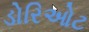
ડોરિઓટ